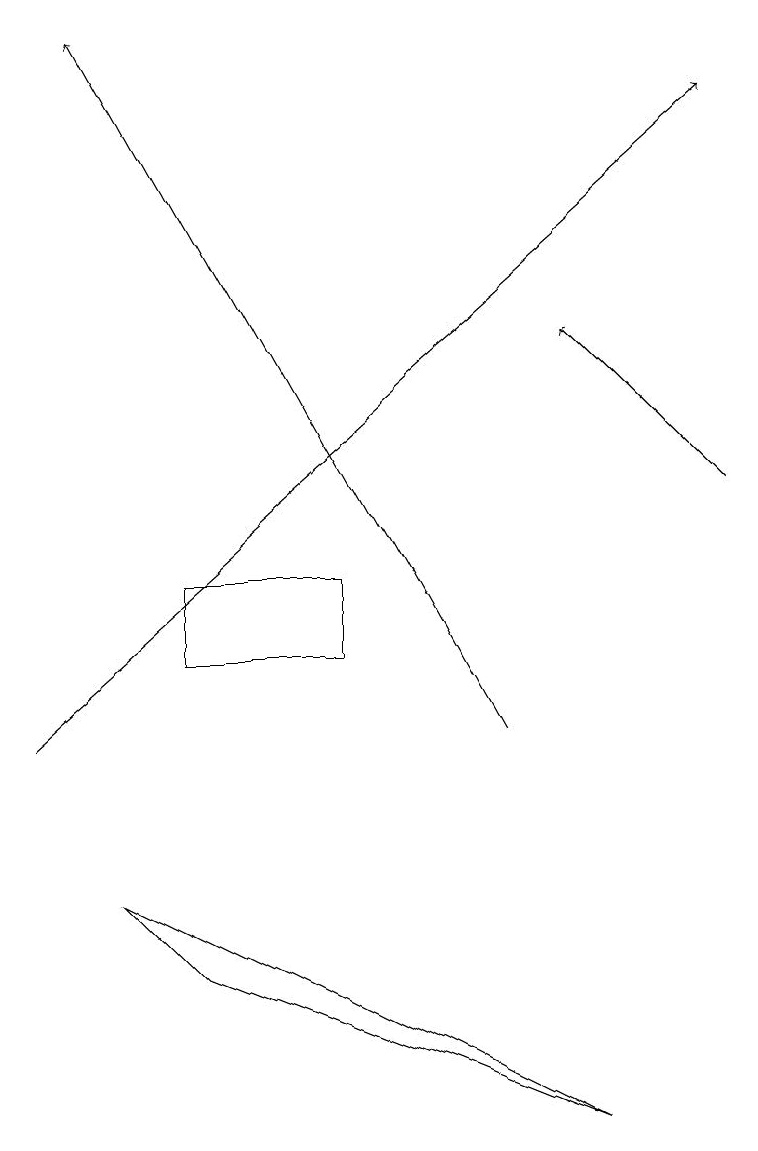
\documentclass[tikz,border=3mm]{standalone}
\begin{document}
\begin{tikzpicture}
\draw[->] (9,13) -- (7,15);
\draw[->] (6,10) -- (1,19);
\draw (2,12) rectangle (4,11);
\draw[->] (0,10) -- (9,18);
\draw (2,7) -- (7,5) -- (1,8) -- cycle;
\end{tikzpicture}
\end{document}